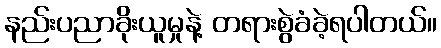
နည်းပညာခိုးယူမှုနဲ့ တရားစွဲခံခဲ့ရပါတယ်။